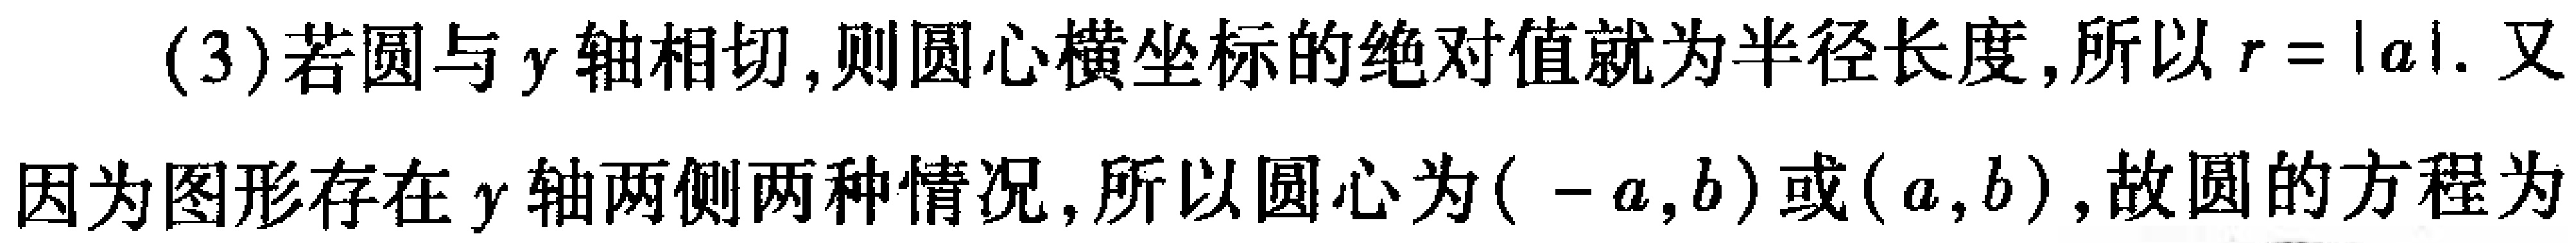
(3)若圆与\(y\)轴相切,则圆心横坐标的绝对值就为半径长度,所以\(r = |a|\). 又
因为图形存在\(y\)轴两侧两种情况,所以圆心为\(( - a,b)\)或\((a,b)\),故圆的方程为